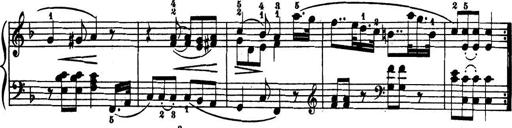
Title: 32 Sonatinas and Rondos for the Piano
Composer: Richard Kleinmichel